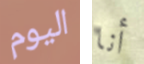
اليوم أنا